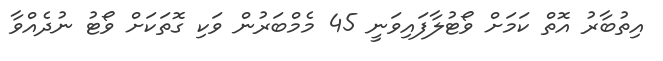
އިތުބާރު އޮތް ކަމަށް ވޯޓުލާފައިވަނީ 45 މެމްބަރުން ވަކި ގޮތަކަށް ވޯޓު ނުދެއްވާ